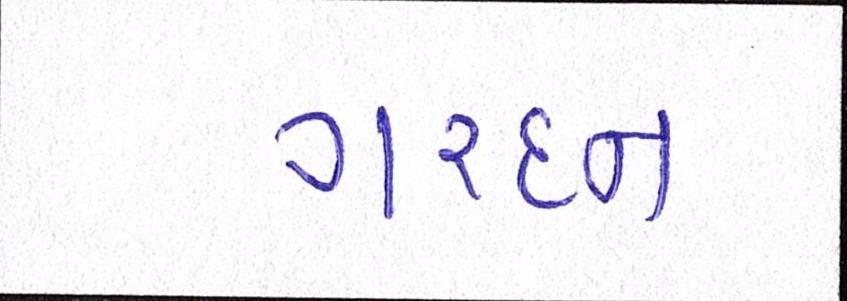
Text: ગરદન